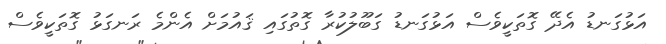
އަޅުގަނޑު އެދޭ ގޮތަކީވެސް އަޅުގަނޑު ގަބޫލުކުރާ ގޮތުގައި ޤައުމަށް އެންމެ ރަނގަޅު ގޮތަކީވެސް